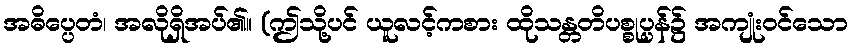
အဓိပ္ပေတံ၊ အလိုရှိအပ်၏။ (ဤသို့ပင် ယူလင့်ကစား ထိုသန္တတိပစ္စုပ္ပန်၌ အကျုံးဝင်သော